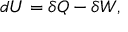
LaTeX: d U = \delta Q - \delta W ,